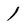
Character: 1